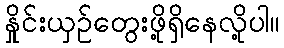
နှိုင်းယှဉ်တွေးဖို့ရှိနေလို့ပါ။